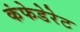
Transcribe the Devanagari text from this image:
कंफेडेरेट